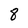
Character: 8